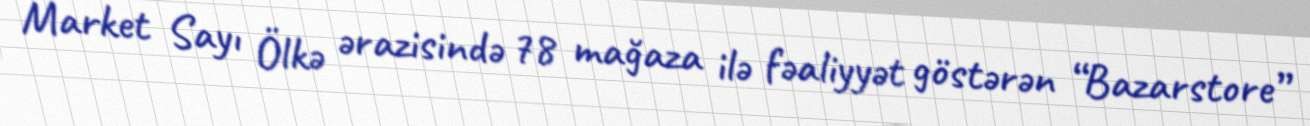
Market Sayı Ölkə ərazisində 78 mağaza ilə fəaliyyət göstərən “Bazarstore”